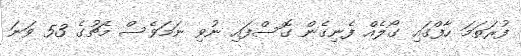
ފުރަތަމަ ހާފްގައި ގޯލެއް ފެނިގެން ގޮސްފައި ނުވި ނަމަވެސް މެޗުގެ 53 ވަނަ